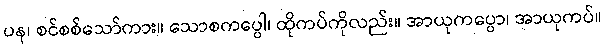
ပန၊ စင်စစ်သော်ကား။ သောစကပ္ပေါ၊ ထိုကပ်ကိုလည်း။ အာယုကပ္ပော၊ အာယုကပ်။